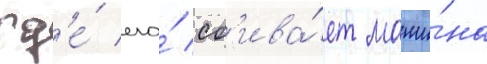
гд'е́ его́ сб'ива́ет маши́на